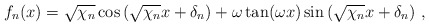
\begin{align*}f_n(x) = \sqrt{\chi_n} \cos\left(\sqrt{\chi_n} x + \delta_n\right)+ \omega \tan(\omega x) \sin\left(\sqrt{\chi_n} x + \delta_n\right) \,,\end{align*}